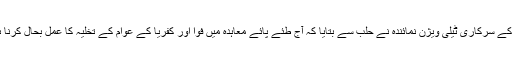
شام کے سرکاری ٹیلی ویژن نمائندہ نے حلب سے بتایا کہ آج طئے پائے معاہدہ میں فوا اور کفریا کے عوام کے تخلیہ کا عمل بحال کرنا ہے ۔